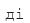
ді